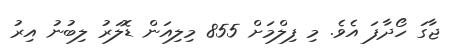
ޖާގަ ހޯދާފަ އެވެ. މި ފިލްމަށް 855 މިލިއަން ޑޮލަރު ލިބުނު އިރު